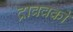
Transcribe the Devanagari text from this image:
द्राववकों